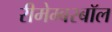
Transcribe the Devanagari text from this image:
रीमेम्बरबॉल